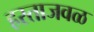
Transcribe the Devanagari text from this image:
हस्ताजवळ